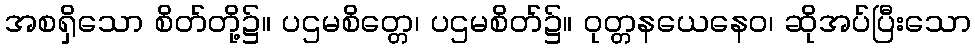
အစရှိသော စိတ်တို့၌။ ပဌမစိတ္တေ၊ ပဌမစိတ်၌။ ဝုတ္တနယေနေဝ၊ ဆိုအပ်ပြီးသော